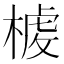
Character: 𣖳